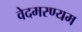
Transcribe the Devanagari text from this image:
वेदमरण्यम